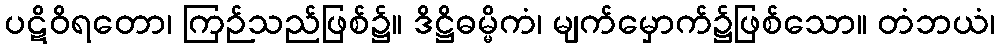
ပဋိဝိရတော၊ ကြဉ်သည်ဖြစ်၌။ ဒိဋ္ဌိဓမ္မိကံ၊ မျက်မှောက်၌ဖြစ်သော။ တံဘယံ၊